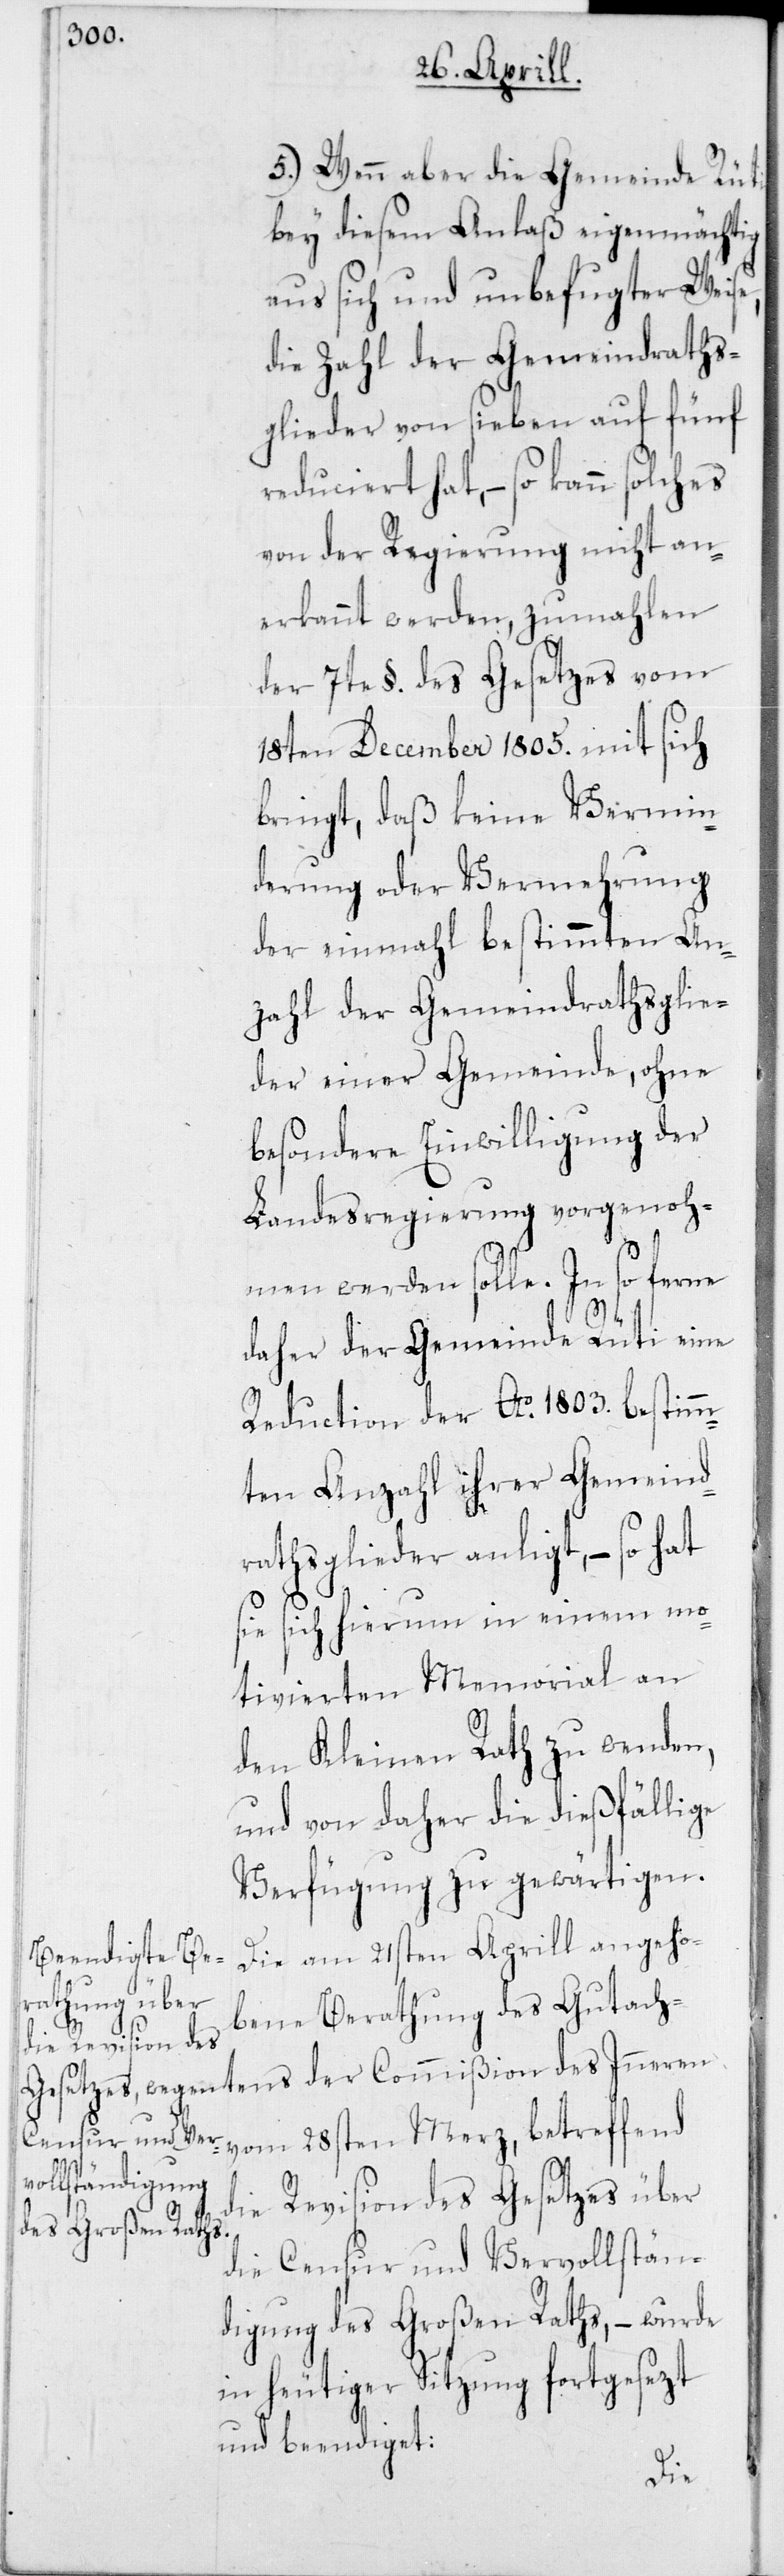
5. Wenn aber die Gemeinde Rüti
bey diesem Anlaß eigenmächtig
aus sich und unbefugter Weise,
die Zahl der Gemeindraths¬
glieder von sieben auf fünf
reduciert hat, – so kann solches
von der Regierung nicht an¬
erkannt werden, zumahlen
der 7te §. des Gesetzes vom
18ten December 1805. mit sich
bringt, daß keine Vermin¬
derung oder Vermehrung
der einmahl bestimmten An¬
zahl der Gemeindrathsglie¬
der einer Gemeinde, ohne
besondere Einwilligung der
Landesregierung vorgenoh¬
men werden solle. In so ferne
daher der Gemeinde Rüti eine
Reduction der Ao 1803. bestimm¬
ten Anzahl ihrer Gemeind¬
rathsglieder anligt, – so hat
sich hierum in einem mo¬
tivierten Memorial an
den Kleinen Rath zu wenden,
und von daher die dießfällige
Verfügung zu gewärtigen.
Die am 21sten Aprill angeho¬
bene Berathung des Gutachtens
der Commißion des
vom 28sten Merz, betreffend
die Revision des Gesetzes über
die Censur und Vervollstän¬
digung des Großen Raths, – wurde
in heutiger Sitzung fortgesezt
und beendiget: